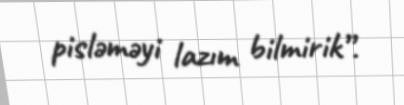
pisləməyi lazım bilmirik”.